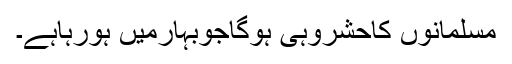
مسلمانوں کاحشروہی ہوگاجوبہارمیں ہورہاہے۔